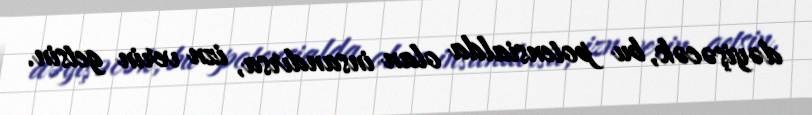
dəyişəcək, bu potensialda olan insandırsa, izn verin getsin.